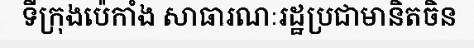
ទីក្រុងប៉េកាំង សាធារណៈរដ្ឋប្រជាមានិតចិន